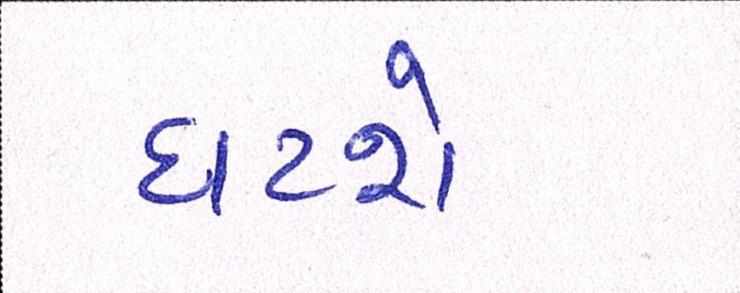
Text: ઘટશે